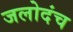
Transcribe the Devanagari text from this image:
जलोदंच